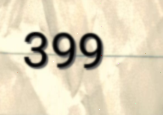
399